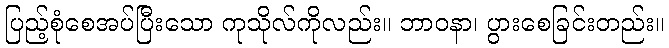
ပြည့်စုံစေအပ်ပြီးသော ကုသိုလ်ကိုလည်း။ ဘာဝနာ၊ ပွားစေခြင်းတည်း။